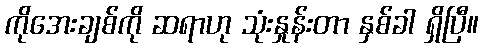
ကိုအေးချစ်ကို ဆရာဟု သုံးနှုန်းတာ နှစ်ခါ ရှိပြီ။